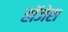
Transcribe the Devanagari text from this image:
हॉजेस